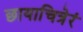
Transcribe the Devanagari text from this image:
छायाचित्रेरं